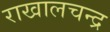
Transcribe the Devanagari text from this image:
राखालचन्द्र